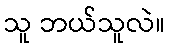
သူ ဘယ်သူလဲ။